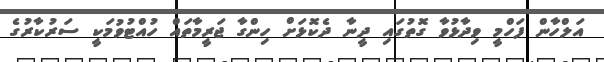
އަލްހާން ފަހްމީ ވިދާޅުވާ ގޮތުގައި ދީނާ ދެކޮޅަށް ހިންގާ ޖަރީމާތައް ހުއްޓުވުމަކީ ސަރުކާރުގެ